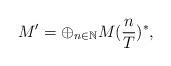
LaTeX: \begin{align*}M'=\oplus_{n\in \mathbb{N}}M(\frac{n}{T})^*,\end{align*}